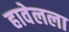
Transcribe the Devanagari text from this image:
हावेलला